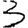
Digit: 3